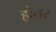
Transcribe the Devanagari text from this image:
होतर